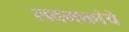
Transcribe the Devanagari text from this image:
सदभक्तांचे